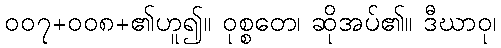
၀၀၇+၀၀၈+၏ဟူ၍။ ဝုစ္စတေ၊ ဆိုအပ်၏။ ဒီဃာဝု၊